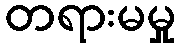
တရားမမှု